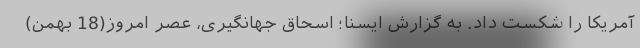
آمریکا را شکست داد. به گزارش ایسنا؛ اسحاق جهانگیری، عصر امروز(18 بهمن)